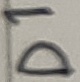
Text: D1